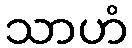
သာဟံ